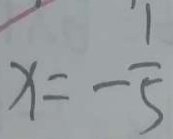
x = - \frac { 1 } { 5 }